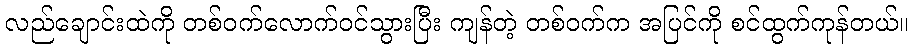
လည်ချောင်းထဲကို တစ်ဝက်လောက်ဝင်သွားပြီး ကျန်တဲ့ တစ်ဝက်က အပြင်ကို စင်ထွက်ကုန်တယ်။